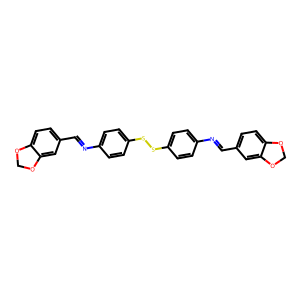
SMILES: C(=Nc1ccc(SSc2ccc(N=Cc3ccc4c(c3)OCO4)cc2)cc1)c1ccc2c(c1)OCO2
Inhibits HIV replication: No